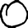
Digit: 0